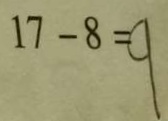
1 7 - 8 = 9